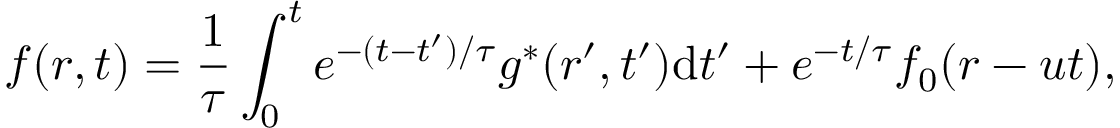
f ( \boldsymbol { r } , t ) = \frac { 1 } { \tau } \int _ { 0 } ^ { t } e ^ { - ( t - t ^ { \prime } ) / \tau } g ^ { * } ( \boldsymbol { r } ^ { \prime } , t ^ { \prime } ) \mathrm { { d } } t ^ { \prime } + e ^ { - t / \tau } f _ { 0 } ( \boldsymbol { r } - \boldsymbol { u } t ) ,